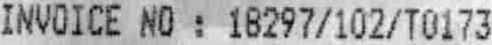
INVOICE NO : 18297/102/T0173